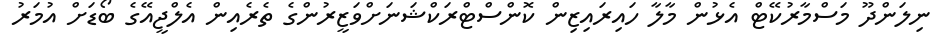
ނިލަންދޫ މަސްމާރުކޭޓް އެޅުން މާލާ ހައިރައިޒިން ކޮންސްޓްރަކްޝަނަށްވަޒީރުންގެ ތެރެއިން އެލްޖީއޭގެ ބޯޑަށް އުމަރު